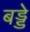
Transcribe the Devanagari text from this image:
बड्डे